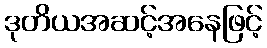
ဒုတိယအဆင့်အနေဖြင့်